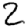
Digit: 2